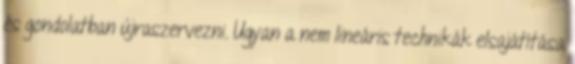
és gondolatban újraszervezni. Ugyan a nem lineáris technikák elsajátítása